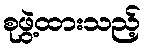
စုဖွဲ့ထားသည့်